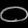
Digit: ၀